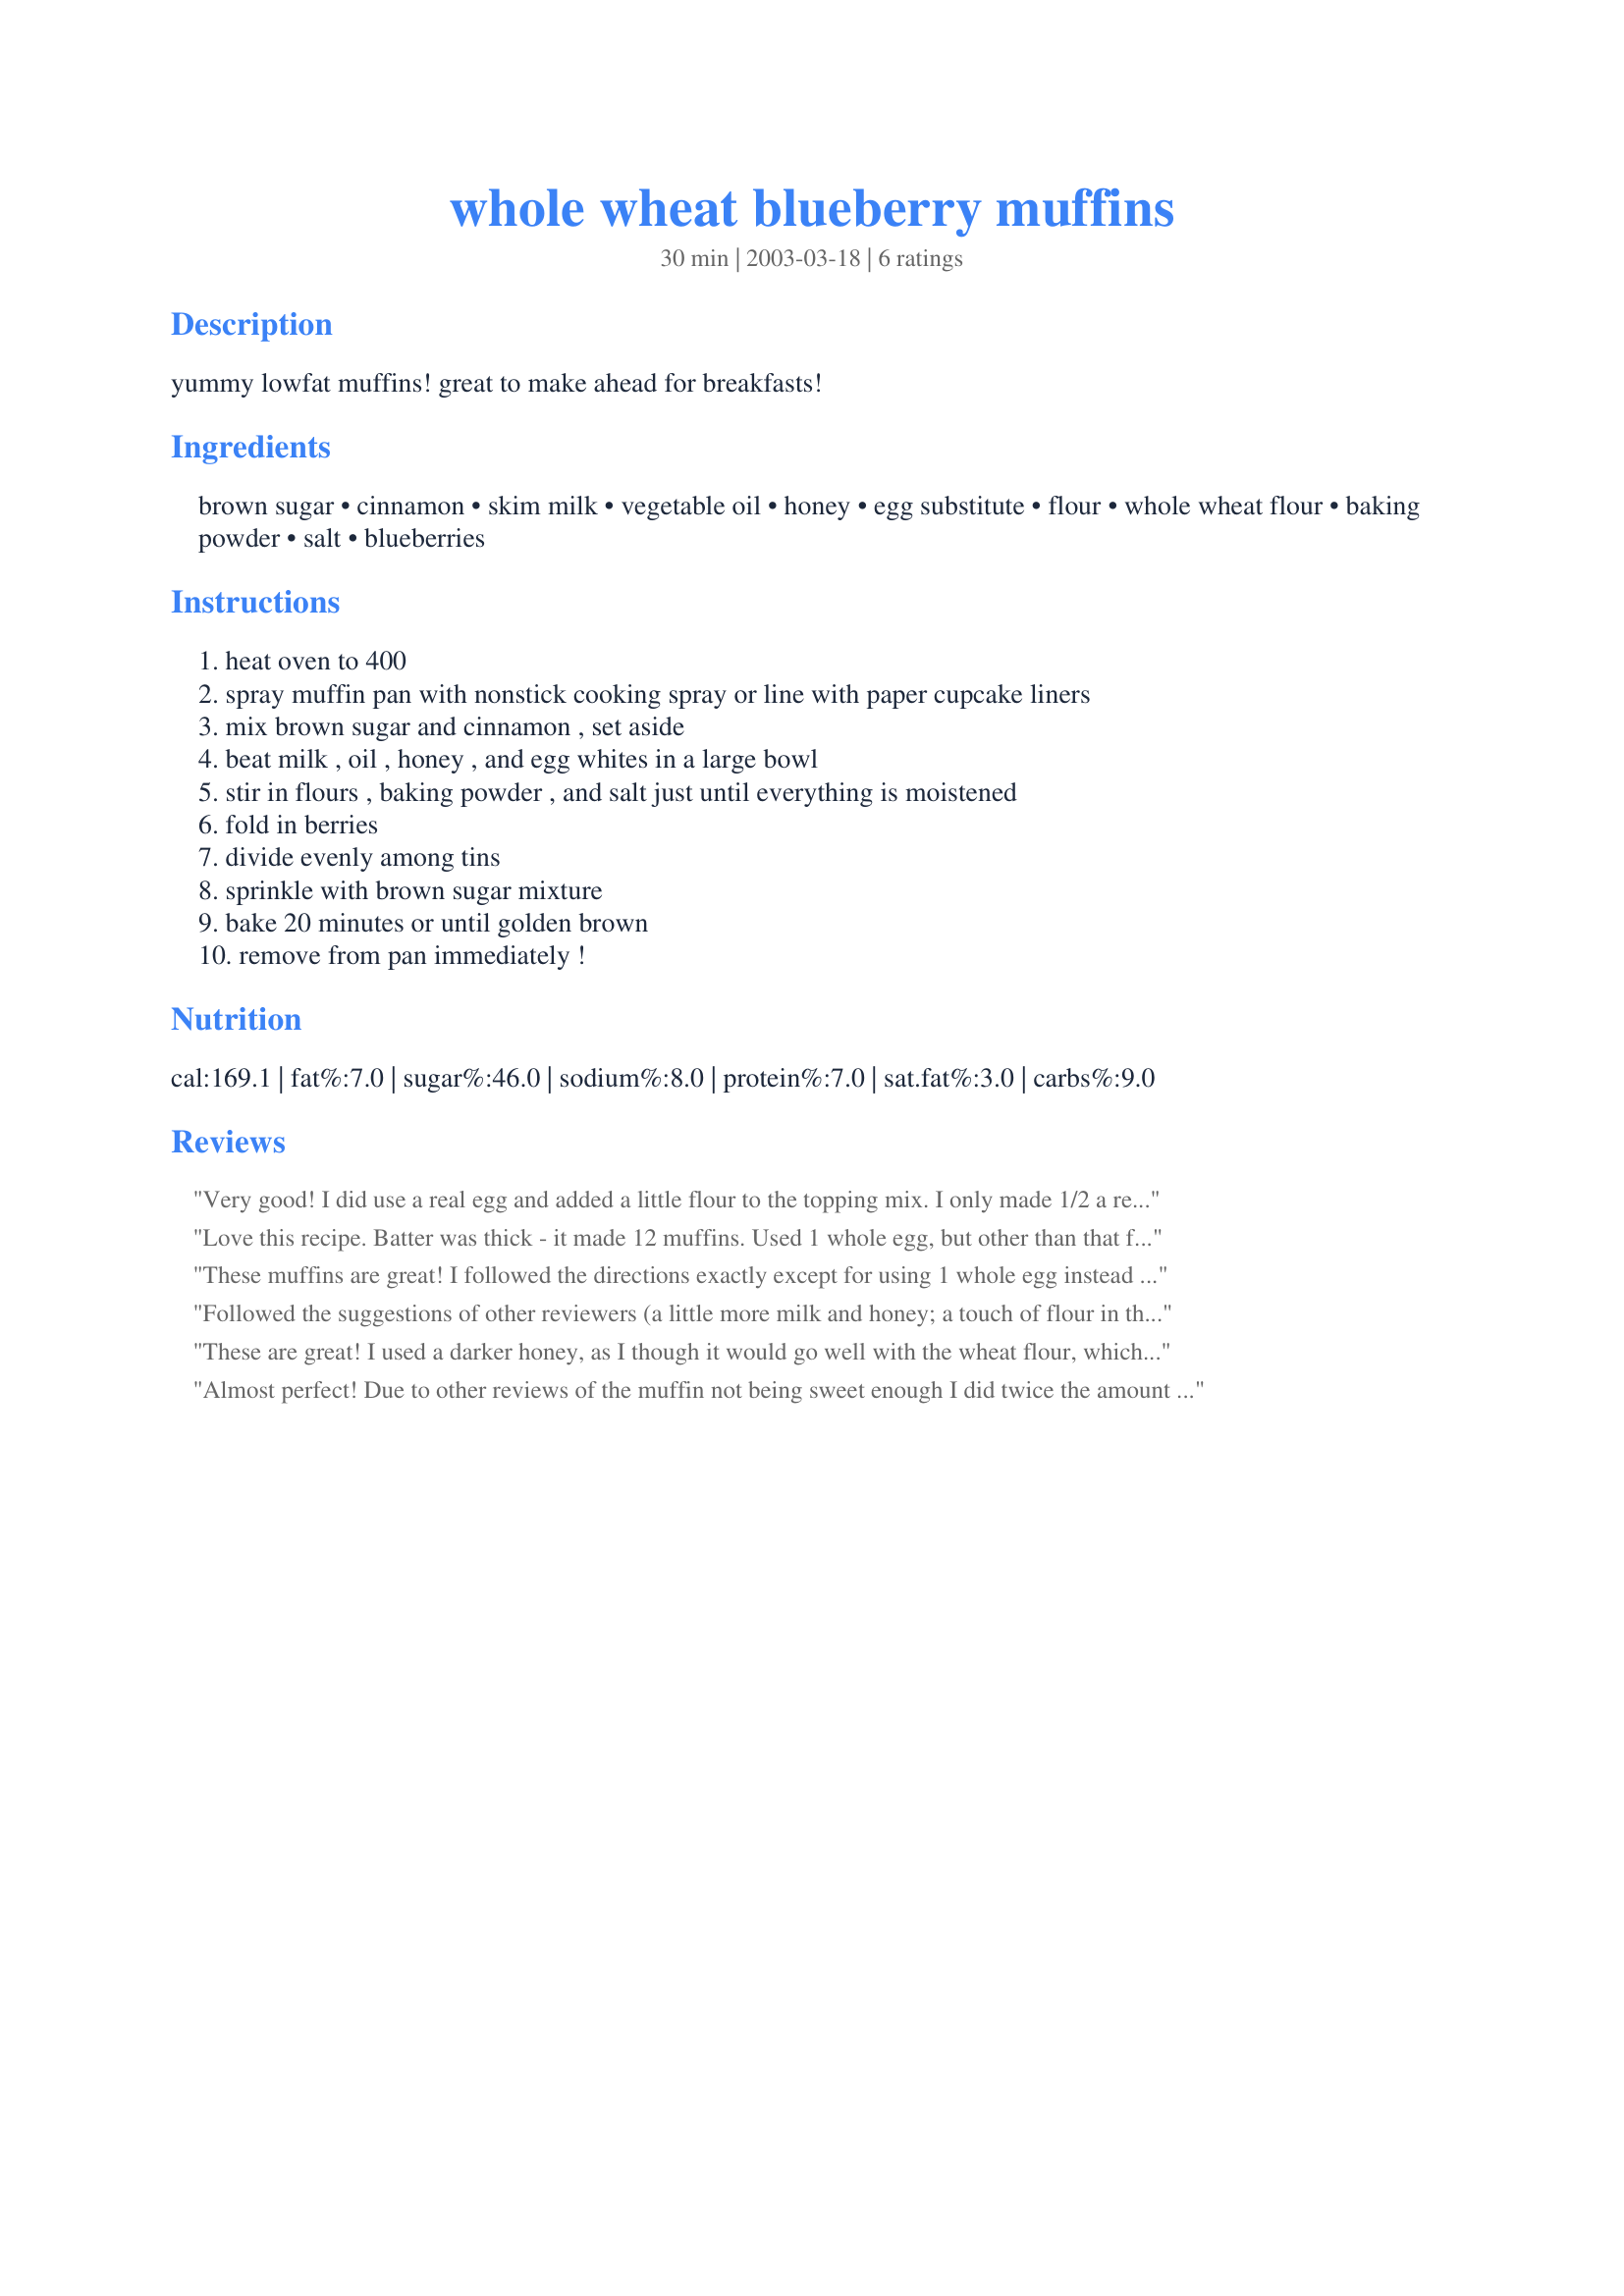
whole wheat blueberry muffins
Preparation time: 30 minutes

yummy lowfat muffins! great to make ahead for breakfasts!

Ingredients:
brown sugar, cinnamon, skim milk, vegetable oil, honey, egg substitute, flour, whole wheat flour, baking powder, salt, blueberries

Steps:
heat oven to 400, spray muffin pan with nonstick cooking spray or line with paper cupcake liners, mix brown sugar and cinnamon , set aside, beat milk , oil , honey , and egg whites in a large bowl, stir in flours , baking powder , and salt just until everything is moistened, fold in berries, divide evenly among tins, sprinkle with brown sugar mixture, bake 20 minutes or until golden brown, remove from pan immediately !

Reviews:
Very good! I did use a real egg and added a little flour to the topping mix. I only made 1/2 a recipe of the topping mix and it still made too much. next time, I'll try 1/4 a recipe of that. The sweetness was perfect for us.Thanks for a great recipe.
Love this recipe. Batter was thick - it made 12 muffins. Used 1 whole egg, but other than that followed the recipe. Good stuff for a Sunday morning breakfsat. Will use this again! Thanks.
These muffins are great! I followed the directions exactly except for using 1 whole egg instead of the substitute, as I didn't have egg substitute. At first I thought the cinnamon/brown sugar bit would be unnecesary, as I've never had muffins with it, but it was insanely great, and addictive in fact! The drawbacks of the recipe was that it makes really 4 times as much brown sugar mixture than you need. And, it could have been a little more moist. Maybe this was due to the fact that it uses wholewheat flour? Anyway, the brown sugar/cinnamon topping more than compensates for it. I will definately make it again as I now have unignorable cravings for these muffins!
Followed the suggestions of other reviewers (a little more milk and honey; a touch of flour in the brown sugar & cinnamon topping) and used an egg instead of egg substitute. These are moist and delicious muffins - perfect for breakfast or a snack!
These are great! I used a darker honey, as I though it would go well with the wheat flour, which it did. My batter wound up being *very* thick, so I thinned it with a little more milk. I made a couple of minor edits to the recipe: I added a little lemon zest to the muffin batter and 1/2 tsp ground ginger to the streusel topping, in addition to the cinnamon. Next time I make these, I will add a little bit of flour to the streusel topping mixture to make it stick a little better to the muffins.
Almost perfect! Due to other reviews of the muffin not being sweet enough I did twice the amount of honey 1/2cup. My blueberries we picked a little early at a farm so they were a little sour so I thawed them overnight w/ reg sugar stirred in w/ them. I also added a tiny bit more oil so almost a 3rd cup and a tiny bit more milk so no quite 1 cup. The topping is amazing!!!! By far the best part but mine were sweet enough and rose nicely I made 12muffins! We will make again since we love going to the blueberry farm! Thank you. My 1.5 year old wasn't a fan oh well berries were to sour for him.
